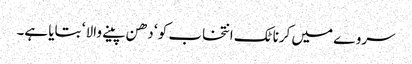
سروے میں کرناٹک انتخاب کو ‘ دھن پینے والا ‘ بتایا ہے۔